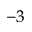
^ { - 3 }